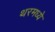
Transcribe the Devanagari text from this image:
थरमध्ये